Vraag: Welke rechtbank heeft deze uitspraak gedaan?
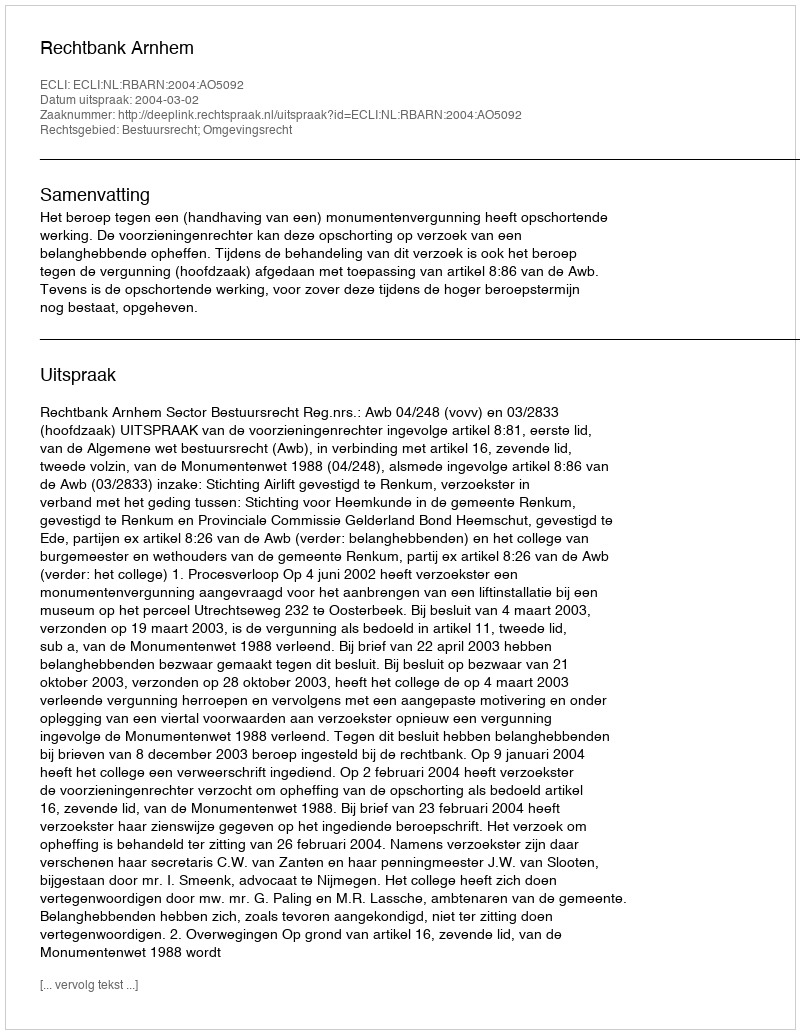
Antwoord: Rechtbank Arnhem